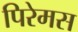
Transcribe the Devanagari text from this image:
पिरेमस